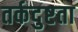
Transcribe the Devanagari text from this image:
तर्कदुष्टता